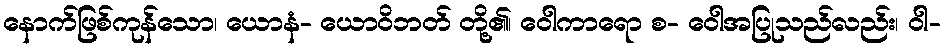
နောက်ဖြစ်ကုန်သော၊ ယောနံ- ယောဝိဘတ် တို့၏၊ ဝေါကာရော စ- ဝေါအပြုသည်လည်း၊ ဝါ-